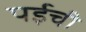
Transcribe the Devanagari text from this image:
पईची